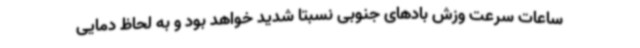
ساعات سرعت وزش بادهای جنوبی نسبتاً شدید خواهد بود و به لحاظ دمایی